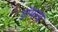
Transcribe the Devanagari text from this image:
डॉगल्ड